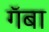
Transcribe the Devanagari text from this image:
गॅबा